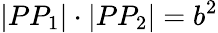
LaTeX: |PP_{1}|\cdot|PP_{2}|=b^{2}